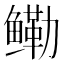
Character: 鳓